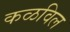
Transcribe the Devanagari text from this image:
कळविल